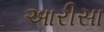
આરીસા